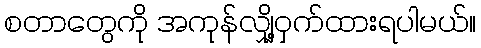
စတာတွေကို အကုန်လျှို့ဝှက်ထားရပါမယ်။